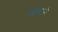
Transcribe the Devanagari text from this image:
रख़सानी